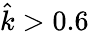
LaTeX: \hat{k}>0.6